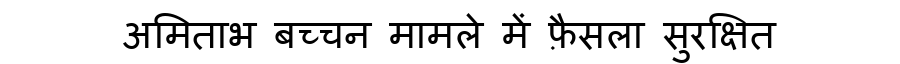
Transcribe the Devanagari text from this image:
अमिताभ बच्चन मामले में फ़ैसला सुरक्षित